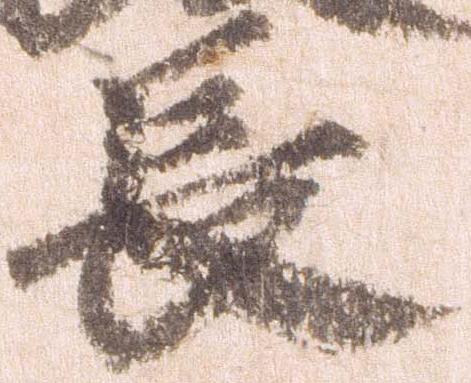
長